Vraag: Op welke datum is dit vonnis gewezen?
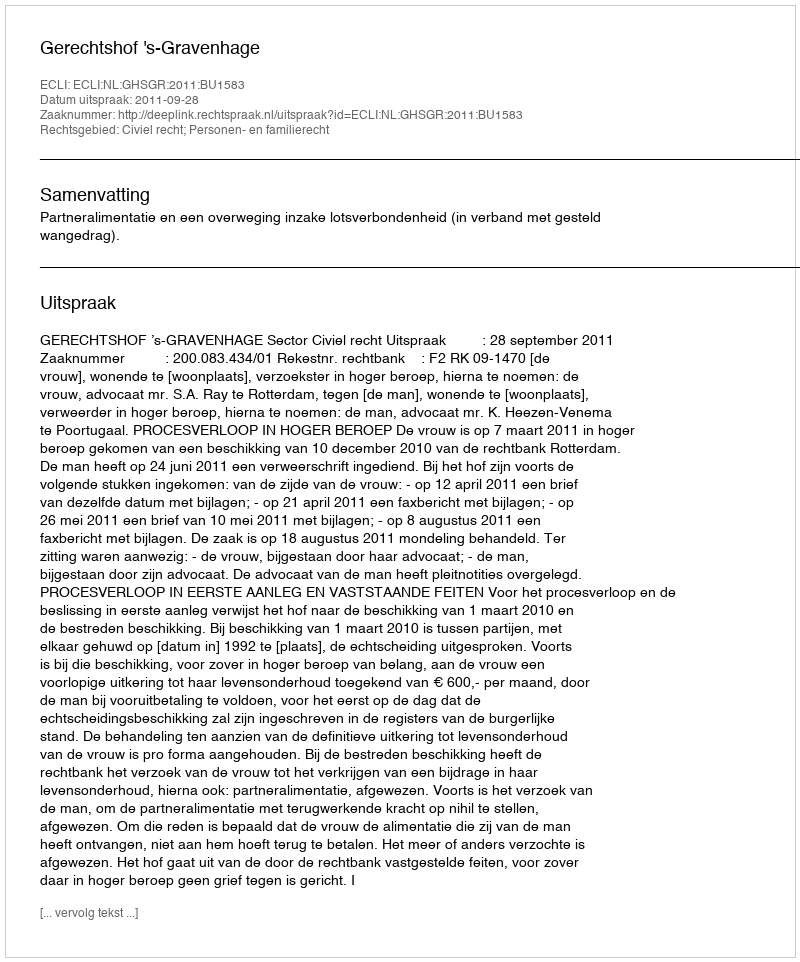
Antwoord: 2011-09-28